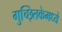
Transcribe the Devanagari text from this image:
गुच्छ्तिकेमध्ये